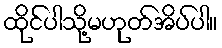
ထိုင်ပါသို့မဟုတ်အိပ်ပါ။